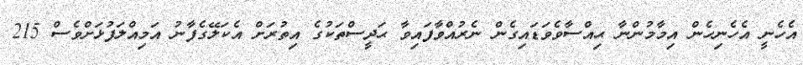
އެހެނީ އެހެނިހެން އިމާމުންނާ ޙިއްސާވެވަޑައިގެން ނެރުއްވާފައިވާ ޙަދީސްތަކުގެ އިތުރަށް އެކަލޭގެފާނު އަމިއްލަފުޅަށްވެސް 215